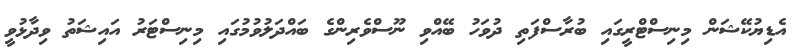
އެޑިޔުކޭޝަން މިނިސްޓްރީގައި ބުރާސްފަތި ދުވަހު ބޭއްވި ނޫސްވެރިންގެ ބައްދަލުވުމުގައި މިނިސްޓަރު އައިޝަތު ވިދާޅުވީ